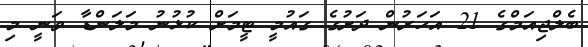
ބެލްޖިއަމްގެ 21 އަހަރުން ދަށުގެ ގައުމީ ޓީމަށް ކުޅުނު މަލަންޑާ ވަނީ މި